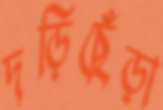
দড়িছেঁড়া